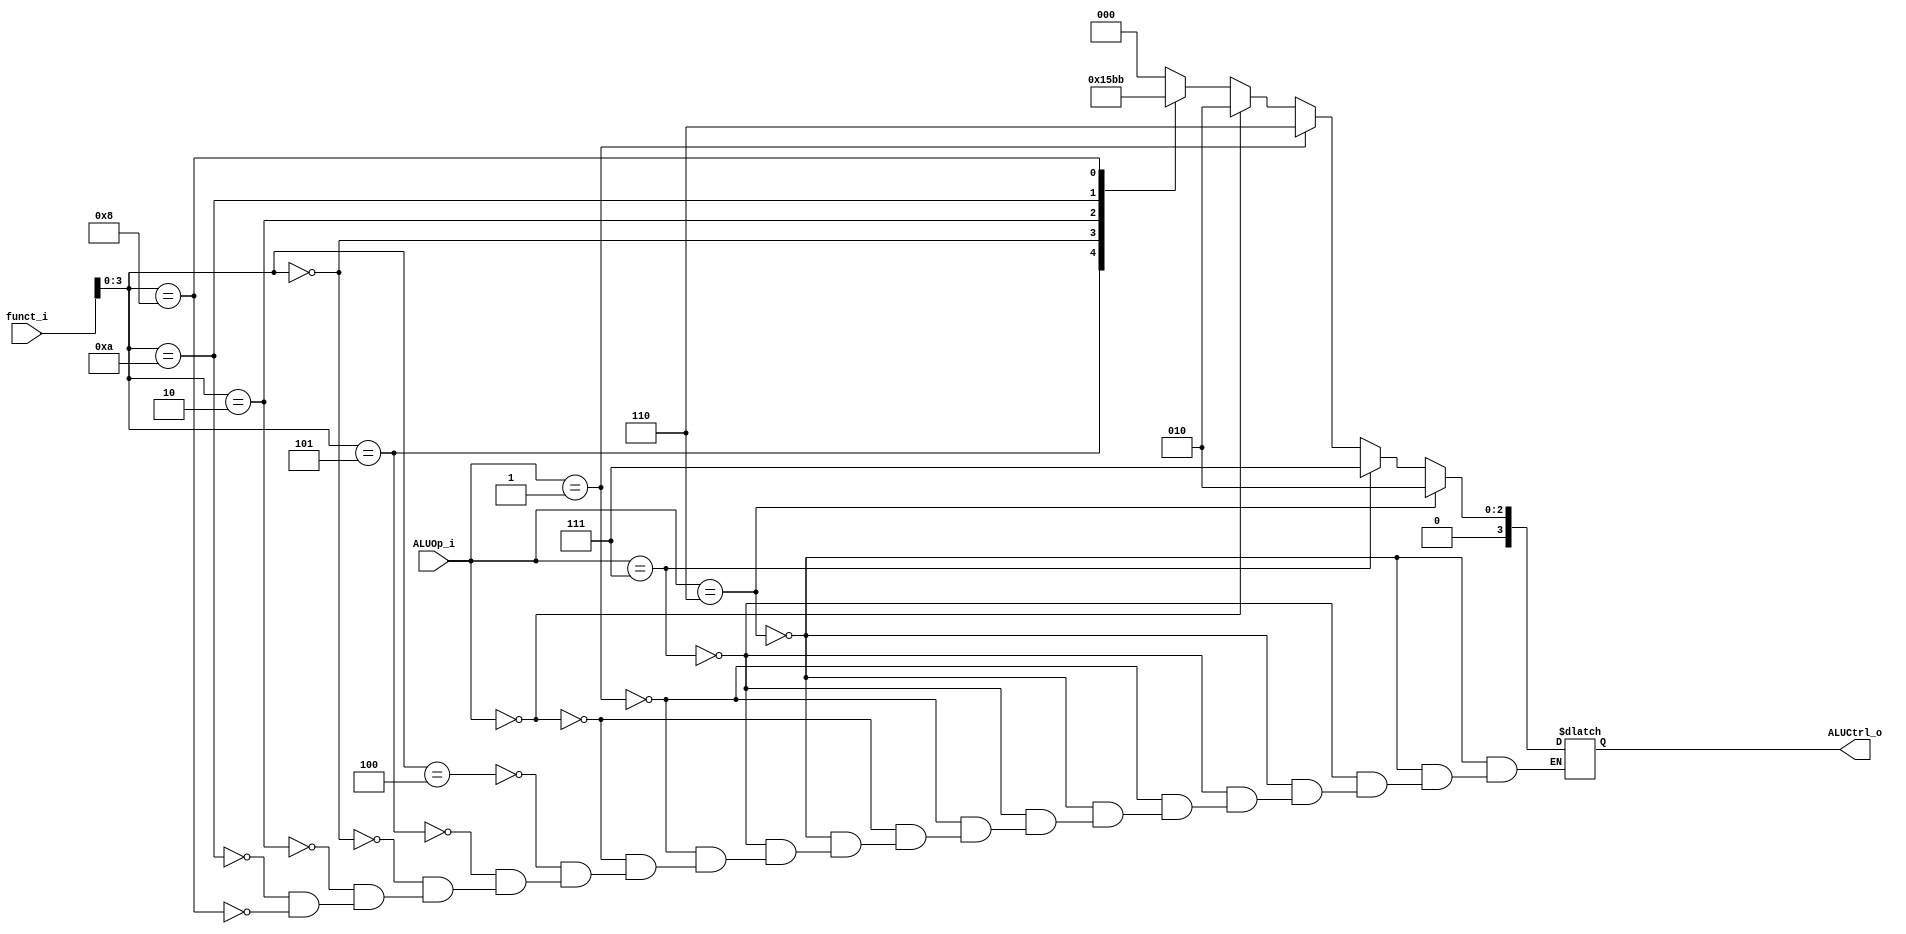
//Subject:     CO project 2 - ALU Controller
//--------------------------------------------------------------------------------
//Version:     1
//--------------------------------------------------------------------------------
//Writer:      
//----------------------------------------------
//Date:        
//----------------------------------------------
//Description: 
//-----------------------------------7---------------------------------------------

module ALU_Ctrl(
          funct_i,
          ALUOp_i,
          ALUCtrl_o
          );
          
//I/O ports 
input      [6-1:0] funct_i;
input      [3-1:0] ALUOp_i;

output     [4-1:0] ALUCtrl_o;    
     
//Internal Signals
reg        [4-1:0] ALUCtrl_o;

//Parameter

       
//Select exact operation
always@(*)begin
	if(ALUOp_i==3'b110)//addi
		ALUCtrl_o=4'b0010;
	else if(ALUOp_i==3'b111)//slti
		ALUCtrl_o=4'b0111;
	else if(ALUOp_i==3'b001)//beq
		ALUCtrl_o=4'b0110;
	else if(ALUOp_i==3'b000)//lw,sw
		ALUCtrl_o=4'b0010;
	else begin
		case(funct_i[3:0])
		4'b0100:ALUCtrl_o=4'b0000;//and
		4'b0101:ALUCtrl_o=4'b0001;//or
		4'b0000:ALUCtrl_o=4'b0010;//add
		4'b0010:ALUCtrl_o=4'b0110;//sub
		4'b1010:ALUCtrl_o=4'b0111;//slt
		4'b1000:ALUCtrl_o=4'b0011;//mul
		endcase
	end
end
endmodule